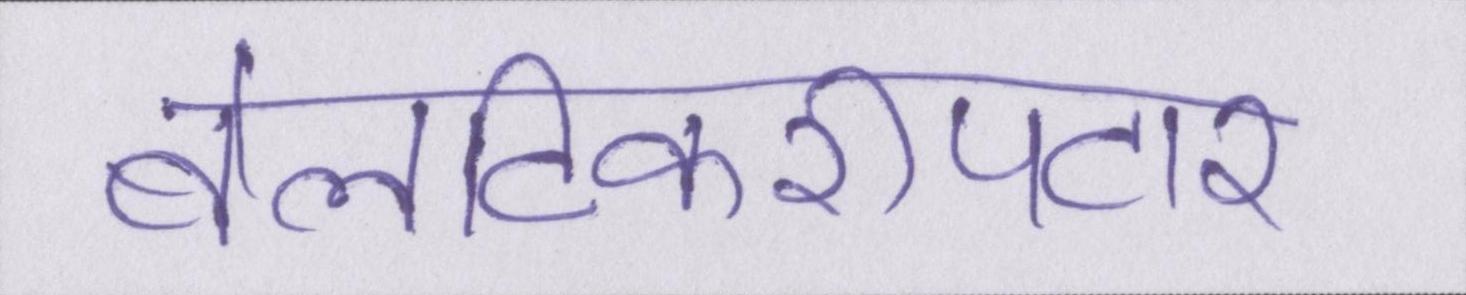
बेलटिकरीपटार